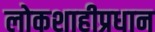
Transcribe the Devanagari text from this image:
लोकशाहीप्रधान